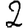
Digit: 2